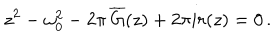
z ^ { 2 } - \omega _ { 0 } ^ { 2 } - 2 \pi \, \overline { { { G } } } ( z ) + 2 \pi i r ( z ) = 0 \, .